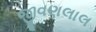
જીવણલાલ